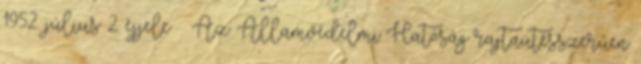
1952. július 2. éjjele – Az Államvédelmi Hatóság rajtaütésszerűen